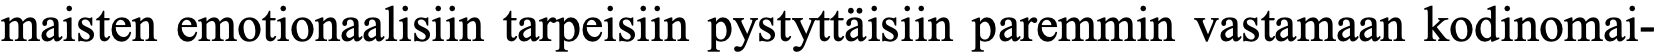
maisten emotionaalisiin tarpeisiin pystyttäisiin paremmin vastamaan kodinomai-